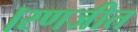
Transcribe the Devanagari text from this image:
।रणजीत